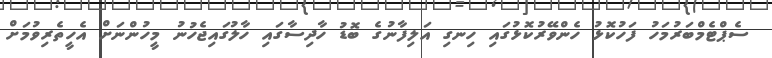
ސެޕްޓެމްބަރުމަހު ފަހުކޮޅު ހެންވޭރުކޮޅުގައި ހިނގި އަލިފާނުގެ ބޮޑު ހާދިސާގައި ހާލުގައިޖެހުނު މީހުންނަށް އެހީތެރިވުމަށް